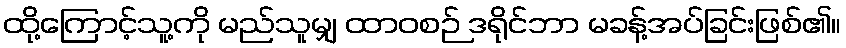
ထို့ကြောင့်သူ့ကို မည်သူမျှ ထာဝစဉ် ဒရိုင်ဘာ မခန့်အပ်ခြင်းဖြစ်၏။